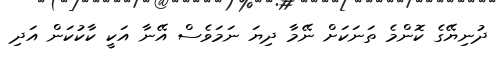
ދުނިޔޭގެ ކޮންމެ ތަނަކަށް ނޭމާ ދިޔަ ނަމަވެސް އޭނާ އަކީ ކާކުކަން އަދި